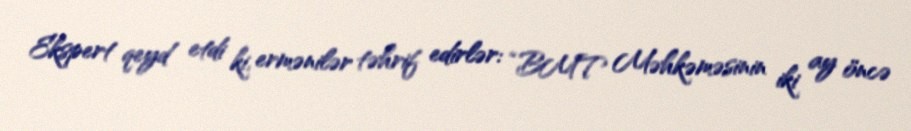
Ekspert qeyd etdi ki, ermənilər təhrif edirlər: “BMT Məhkəməsinin iki ay öncə